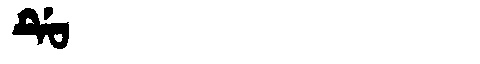
Manchu: ᡩᡠ
Romanization: DU